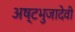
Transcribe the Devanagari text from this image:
अष्टभुजादेवी